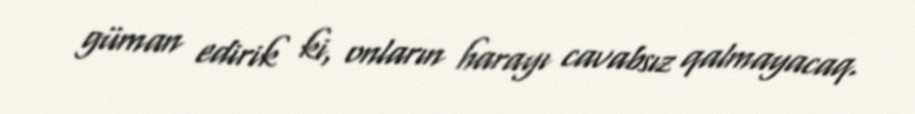
güman edirik ki, onların harayı cavabsız qalmayacaq.